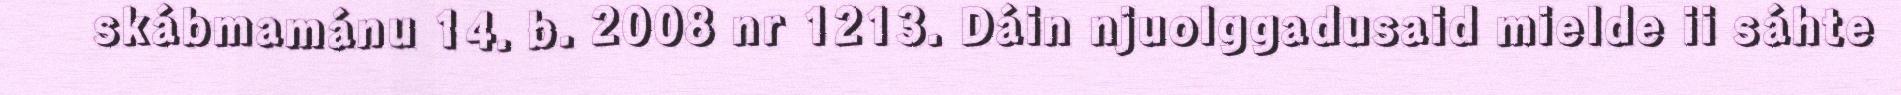
skábmamánu 14. b. 2008 nr 1213. Dáin njuolggadusaid mielde ii sáhte